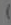
)